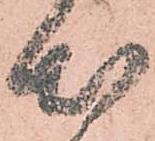
出